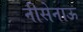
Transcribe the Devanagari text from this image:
नीसेनाऊ